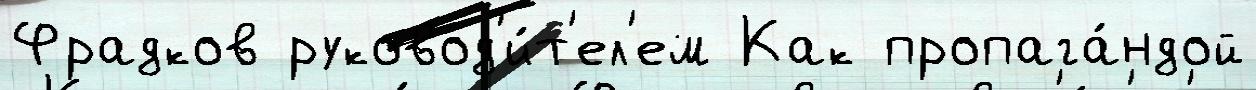
Фрадков руковод'и́т'ел'ем Как пропага́ндой